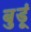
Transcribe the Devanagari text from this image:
बुडूं